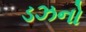
ડઝનો